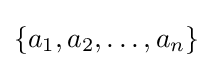
\{a_{1},a_{2},\dots ,a_{n}\}